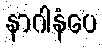
နာဂါနံပေ